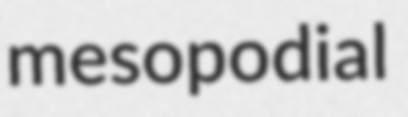
mesopodial